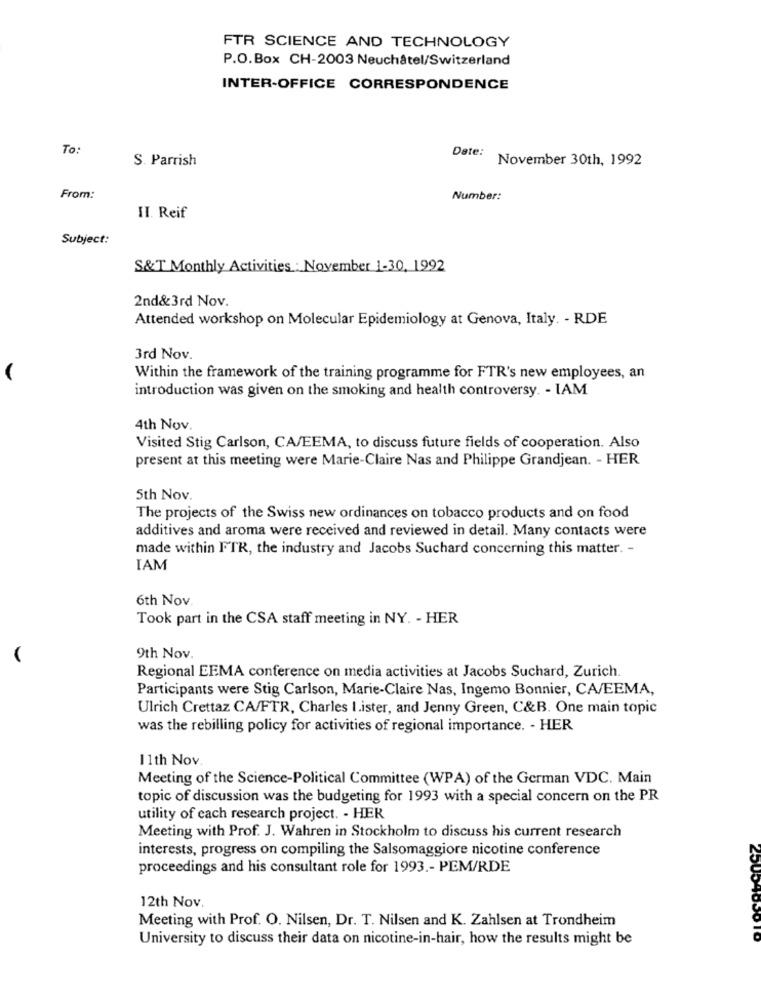
FTR SCIENCE AND TECHNOLOGY
P.O.Box CH-2003 Neuchâtel/Switzerland
INTER-OFFICE CORRESPONDENCE
To:
S. Parrish
Date:
November 30th, 1992
From:
Number:
II. Reif
Subject:
S&T Monthly Activities : November 1-30, 1992
2nd&3rd Nov.
Attended workshop on Molecular Epidemiology at Genova, Italy. - RDE
3rd Nov.
Within the framework of the training programme for FTR's new employees, an
introduction was given on the smoking and health controversy. - IAM
4th Nov.
Visited Stig Carlson, CA/EEMA, to discuss future fields of cooperation. Also
present at this meeting were Marie-Claire Nas and Philippe Grandjean. - HER
5th Nov.
The projects of the Swiss new ordinances on tobacco products and on food
additives and aroma were received and reviewed in detail. Many contacts were
made within FTR, the industry and Jacobs Suchard concerning this matter. -
IAM
6th Nov.
Took part in the CSA staff meeting in NY. - HER
9th Nov.
Regional EEMA conference on media activities at Jacobs Suchard, Zurich.
Participants were Stig Carlson, Marie-Claire Nas, Ingemo Bonnier, CA/EEMA,
Ulrich Crettaz CA/FTR, Charles I.ister, and Jenny Green, C&B. One main topic
was the rebilling policy for activities of regional importance. - HER
11th Nov.
Meeting of the Science-Political Committee (WPA) of the German VDC. Main
topic of discussion was the budgeting for 1993 with a special concern on the PR
utility of cach research project. - HER
Meeting with Prof. J. Wahren in Stockholm to discuss his current research
interests, progress on compiling the Salsomaggiore nicotine conference
proceedings and his consultant role for 1993 .- PEM/RDE
12th Nov.
Meeting with Prof. O. Nilsen, Dr. T. Nilsen and K. Zahlsen at Trondheim
University to discuss their data on nicotine-in-hair, how the results might be